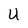
Character: U